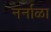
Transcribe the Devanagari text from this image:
नर्नाळा